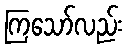
ကြသော်လည်း